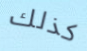
كذلك